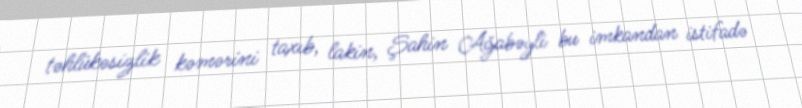
təhlükəsizlik kəmərini taxıb, lakin, Şahin Ağabəyli bu imkandan istifadə